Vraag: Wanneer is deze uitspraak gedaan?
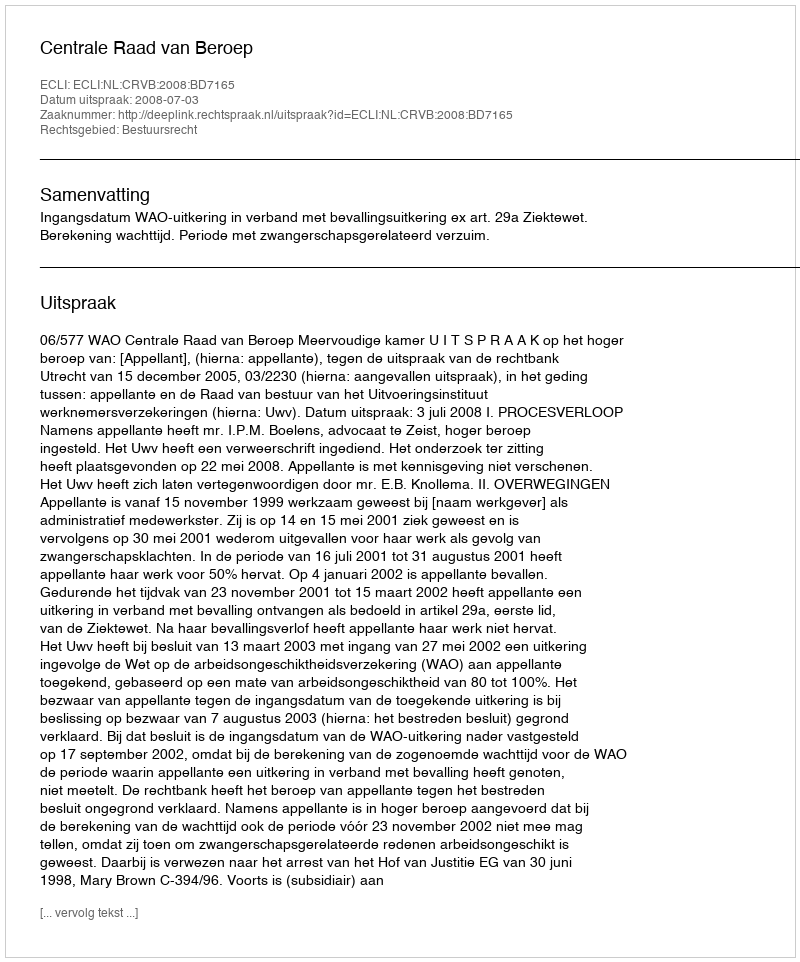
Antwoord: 2008-07-03